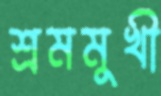
শ্রমমুখী